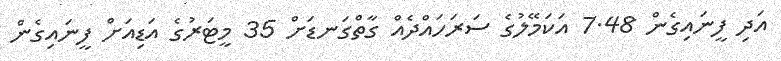
އަދި ފީނައިގެން 7.48 އަކަމޭލުގެ ސަރަހައްދެއް ގާތްގަނޑަށް 35 މީޓަރުގެ އަޑިއަށް ފީނައިގެން